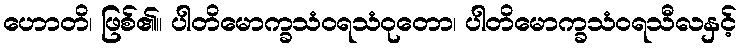
ဟောတိ၊ ဖြစ်၏။ ပါတိမောက္ခသံဝရသံဝုတော၊ ပါတိမောက္ခသံဝရသီလနှင့်